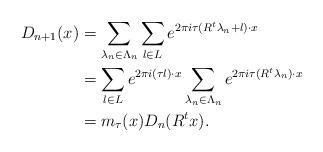
LaTeX: \begin{align*}D_{n+1}(x) &= \sum_{\lambda_{n}\in \Lambda_{n}}\sum_{l\in L}e^{2\pi i\tau(R^t\lambda_{n}+l)\cdot x} \\ &= \sum_{l\in L}e^{2\pi i (\tau l) \cdot x}\sum_{\lambda_{n}\in \Lambda_{n}}e^{2\pi i\tau (R^t\lambda_{n})\cdot x}\\ &=m_\tau(x)D_n(R^t x).\end{align*}